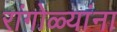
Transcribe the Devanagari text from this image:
रांगोळ्यांना